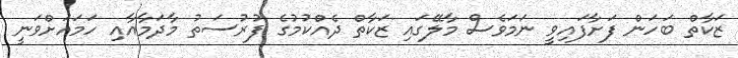
ޒަކާތް ބަހަން ފަށާފައިވީ ނަމަވެސް މާލޭގައި ޒަކާތް ދެއްކުމުގެ ފުރުސަތު މާދަމާއާއި ހަމައަށްވަނީ